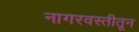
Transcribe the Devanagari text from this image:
नागरवस्तीतून